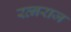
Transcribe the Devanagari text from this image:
रत्नराज